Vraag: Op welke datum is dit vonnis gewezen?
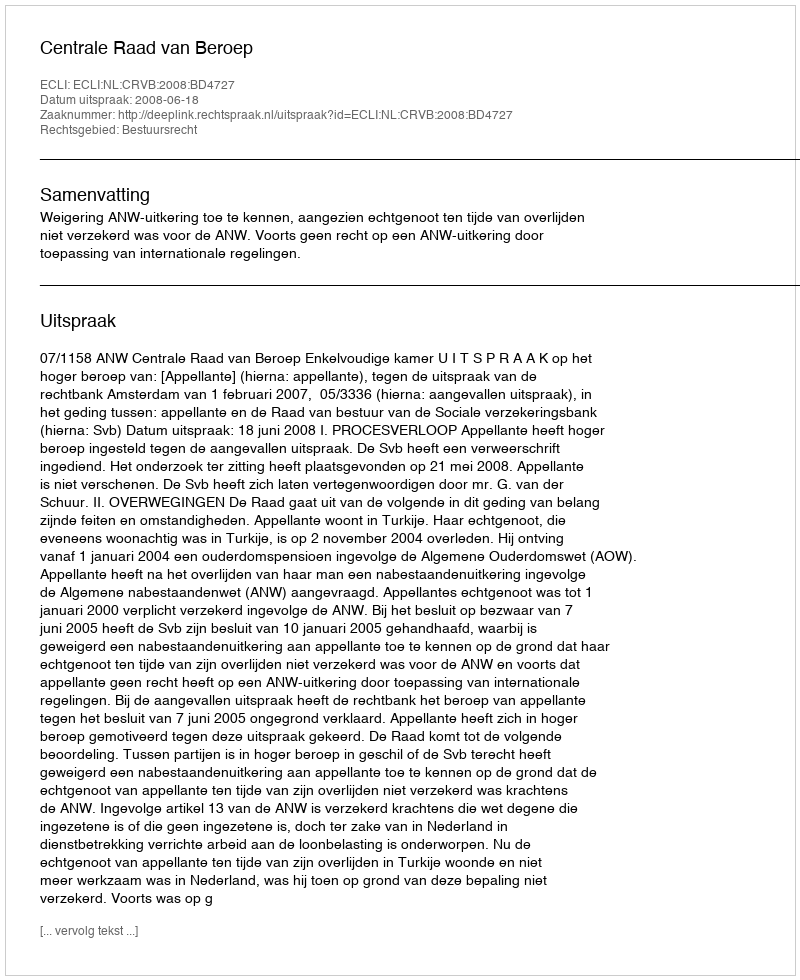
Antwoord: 2008-06-18